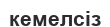
кемелсіз